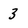
Character: 3